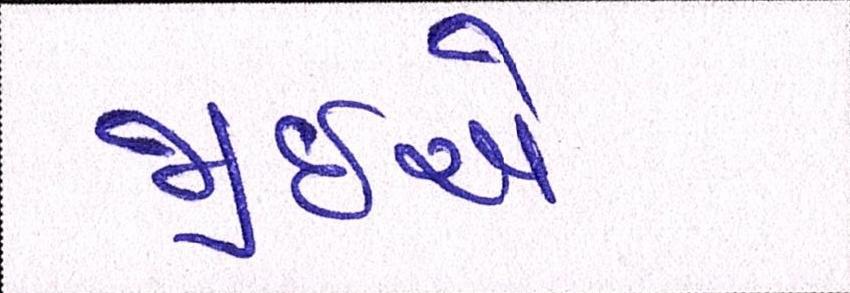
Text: જીઇએ